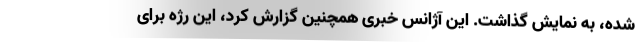
شده، به نمایش گذاشت. این آژانس خبری همچنین گزارش کرد، این رژه برای